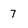
Character: 7